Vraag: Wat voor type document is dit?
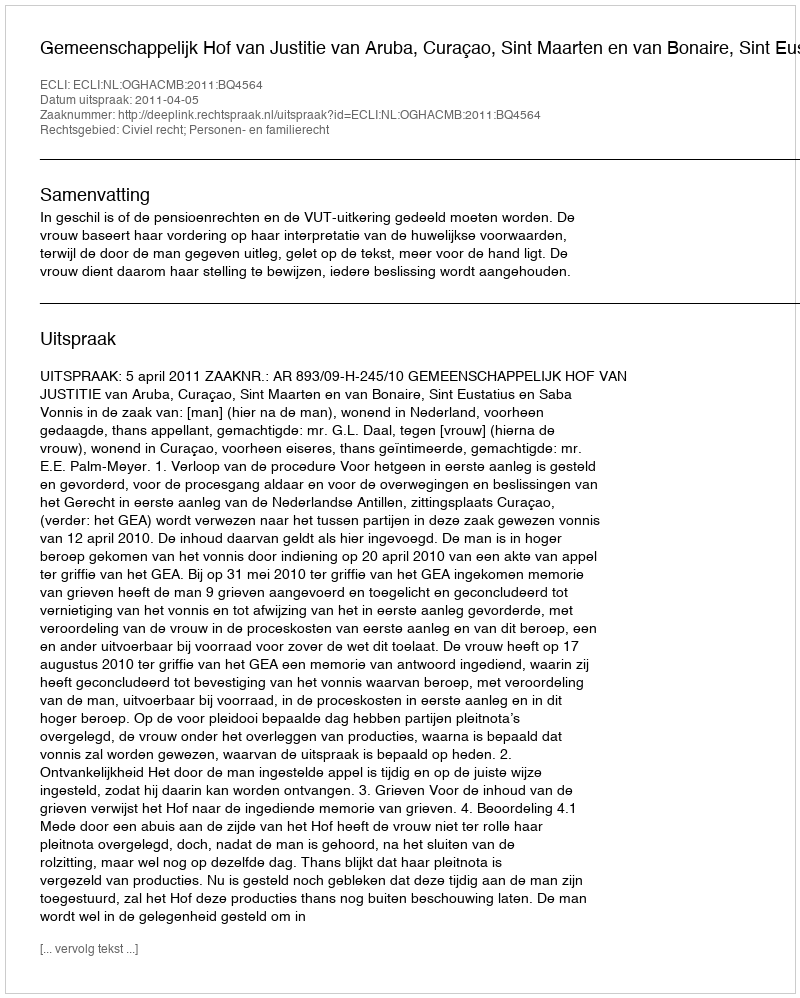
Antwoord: Uitspraak